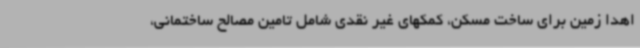
اهدا زمین برای ساخت مسکن، کمکهای غیر نقدی شامل تامین مصالح ساختمانی،